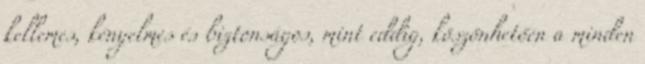
kellemes, kényelmes és biztonságos, mint eddig, köszönhetően a minden